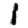
Digit: 1